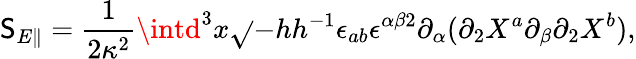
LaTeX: \mathsf{S}_{E\parallel}=\frac{{1}}{{2\kappa^{2}}}\intd^{3}x\sqrt{}{{-h}}h^{-1}\epsilon_{ab}\epsilon^{\alpha\beta2}\partial_{\alpha}(\partial_{2}X^{a}\partial_{\beta}\partial_{2}X^{b}),